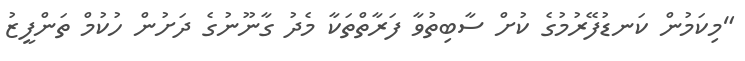
"މިކަމުން ކަނޑުފޭރުމުގެ ކުށް ސާބިތުވާ ފަރާތްތަކާ މެދު ގާނޫނުގެ ދަށުން ހުކުމް ތަންފީޒު